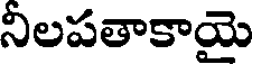
నిలపతాకాయె